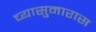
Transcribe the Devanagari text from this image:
च्यासुमारास